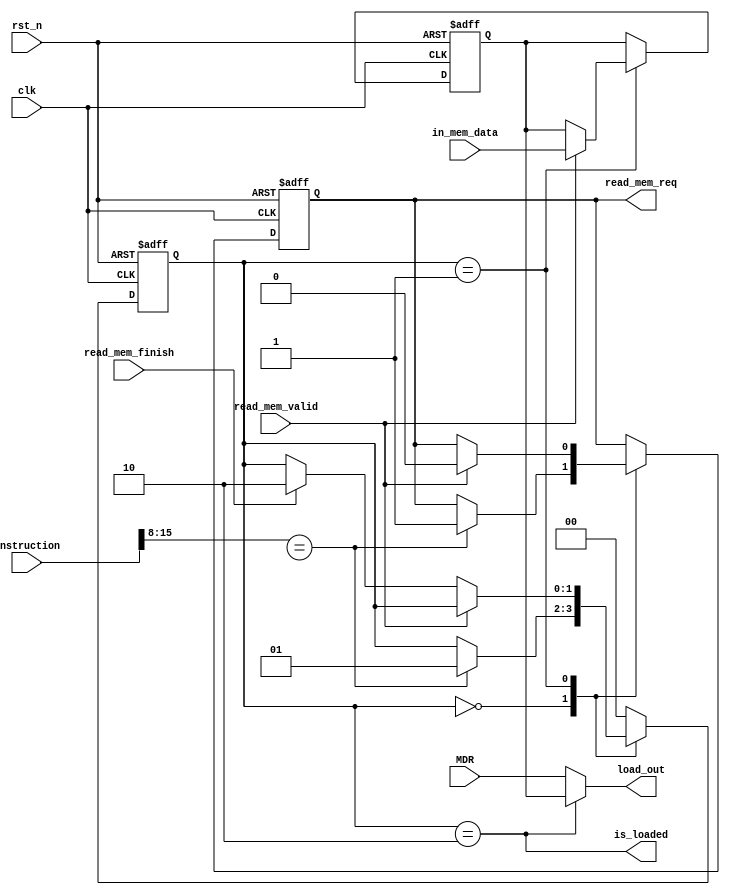
module load(
    input clk,
    input rst_n,

    input [15:0] instruction,
    input [15:0] MDR,
    input [15:0] in_mem_data,

    input read_mem_valid,
    input read_mem_finish,

    output [15:0] load_out,
    output read_mem_req,
    output is_loaded
);

localparam STATE_IDLE   = 2'b00;
localparam STATE_READY  = 2'b01;
localparam STATE_LOADED = 2'b10;

reg [1:0] state;
reg read_req;
reg [15:0] read_buffer;

always @(posedge clk or negedge rst_n) begin
    if (!rst_n) begin
        state <= STATE_IDLE;
        read_req <= 1'b0;
        read_buffer <= 16'b0;
    end else begin
        case (state)
            STATE_IDLE: begin
                if (instruction[15:8] == OP_LOAD) begin
                    state <= STATE_READY;
                    read_req = 1'b1;
                end
            end
            STATE_READY: begin
                if (read_mem_valid) begin
                    read_req = 1'b0;
                    read_buffer <= in_mem_data;
                end else if (read_mem_finish) begin
                    state <= STATE_LOADED;
                end
            end
            STATE_LOADED: begin
                state <= STATE_IDLE;
            end
            default: begin
                state <= STATE_IDLE;
            end
        endcase
    end
end 

assign load_out = (state == STATE_LOADED) ? read_buffer : MDR;
assign is_loaded = (state == STATE_LOADED);
assign read_mem_req = read_req;

endmodule